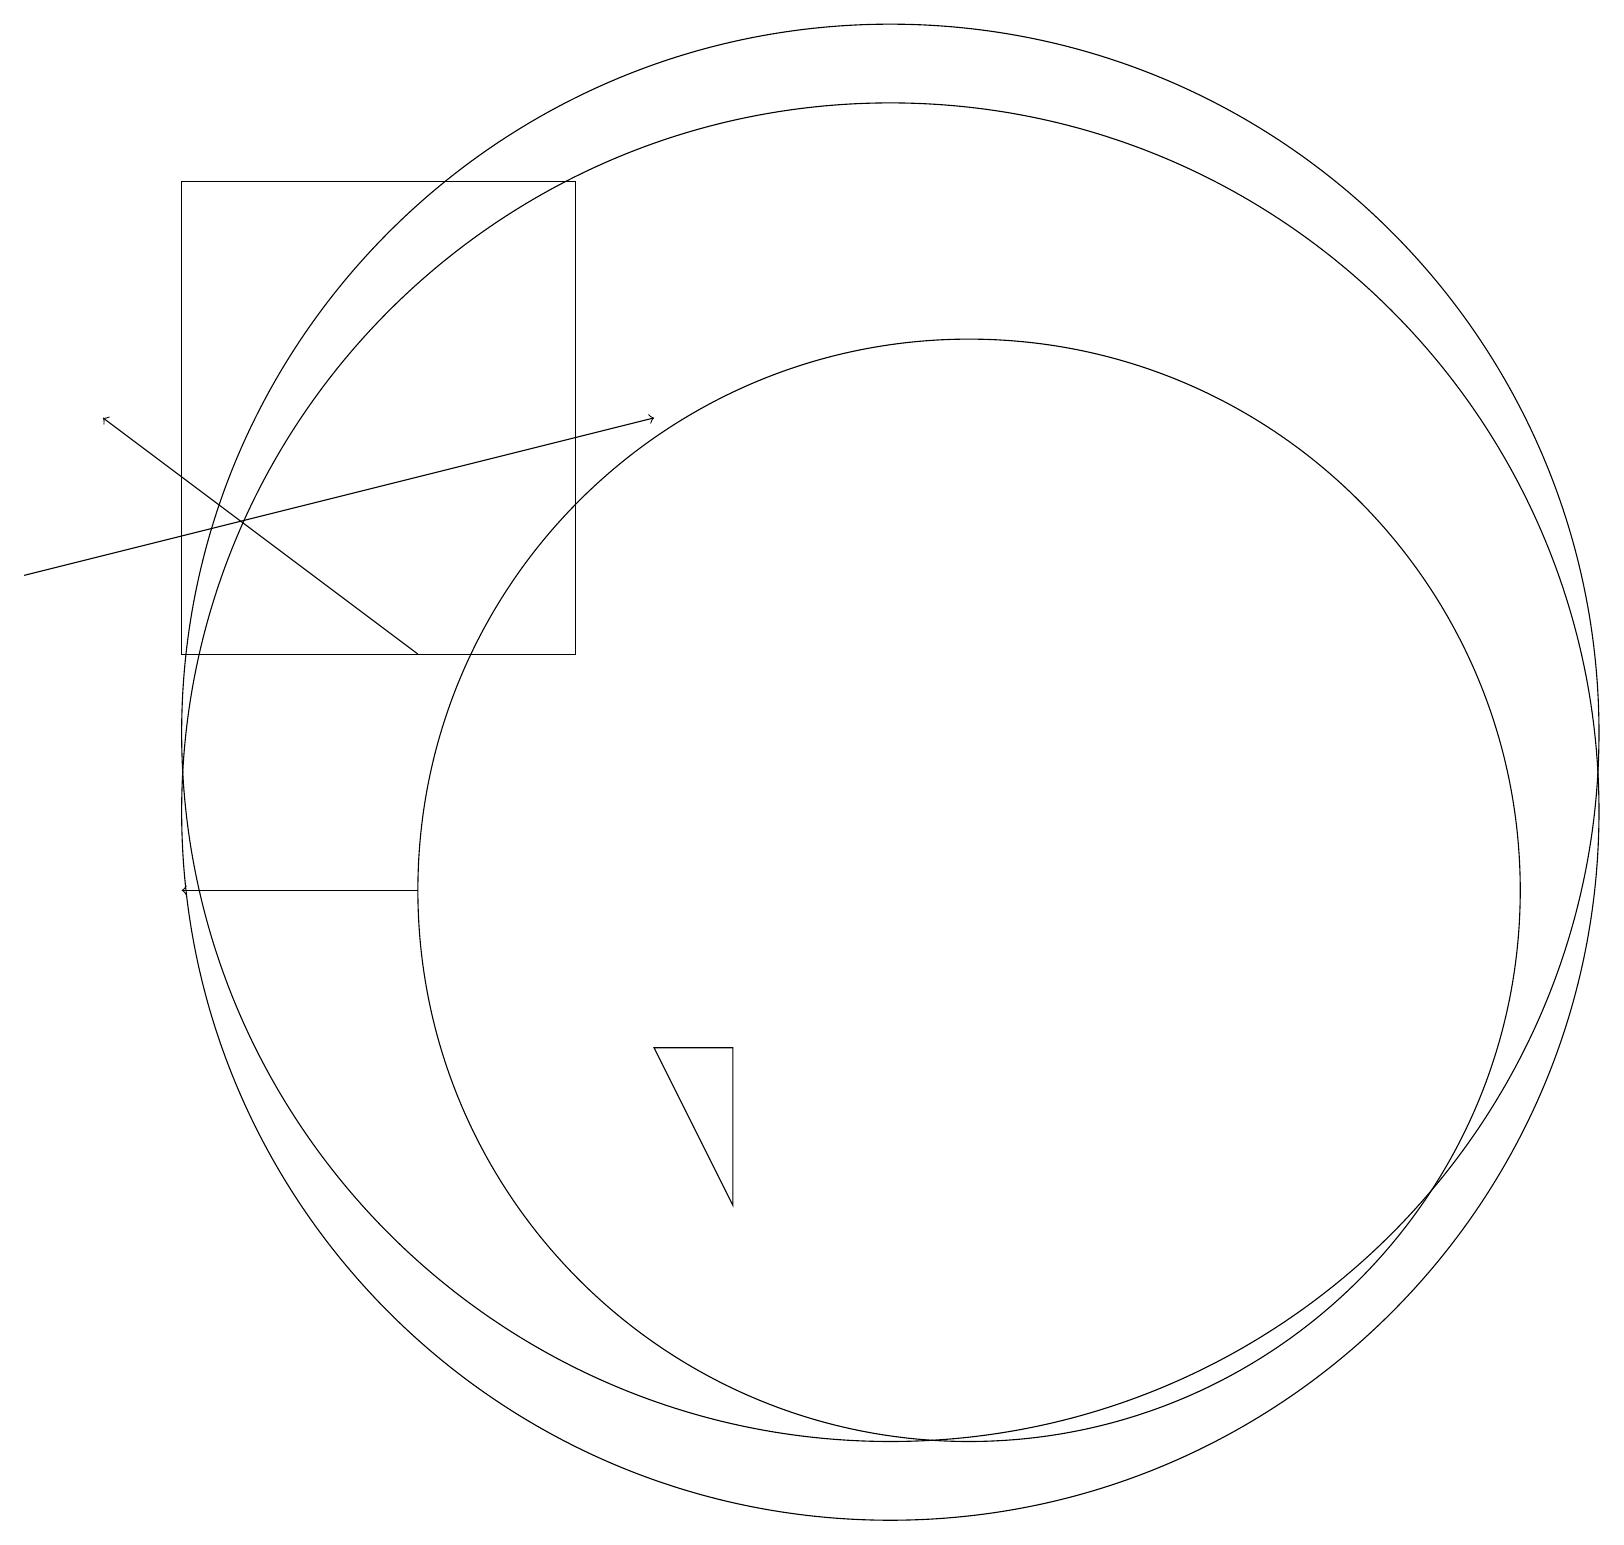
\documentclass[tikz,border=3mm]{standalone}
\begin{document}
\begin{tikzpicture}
\draw[->] (5,13) -- (1,16);
\draw (9,6) -- (8,8) -- (9,8) -- cycle;
\draw (7,19) rectangle (2,13);
\draw (11,12) circle (9);
\draw[->] (5,10) -- (2,10);
\draw (11,11) circle (9);
\draw (12,10) circle (7);
\draw[->] (0,14) -- (8,16);
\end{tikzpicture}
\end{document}